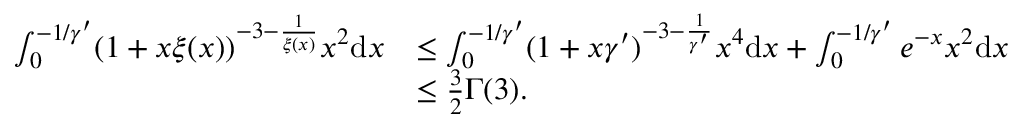
\begin{array} { r l } { \int _ { 0 } ^ { - 1 / \gamma ^ { \prime } } ( 1 + x \xi ( x ) ) ^ { - 3 - \frac { 1 } { \xi ( x ) } } x ^ { 2 } \mathrm { d } x } & { \leq \int _ { 0 } ^ { - 1 / \gamma ^ { \prime } } ( 1 + x \gamma ^ { \prime } ) ^ { - 3 - \frac { 1 } { \gamma ^ { \prime } } } x ^ { 4 } \mathrm { d } x + \int _ { 0 } ^ { - 1 / \gamma ^ { \prime } } e ^ { - x } x ^ { 2 } \mathrm { d } x } \\ & { \leq \frac { 3 } { 2 } \Gamma ( 3 ) . } \end{array}